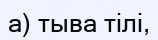
а) тыва тілі,